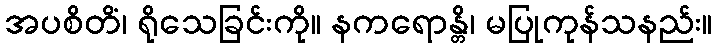
အပစိတိံ၊ ရိုသေခြင်းကို။ နကရောန္တိ၊ မပြုကုန်သနည်း။